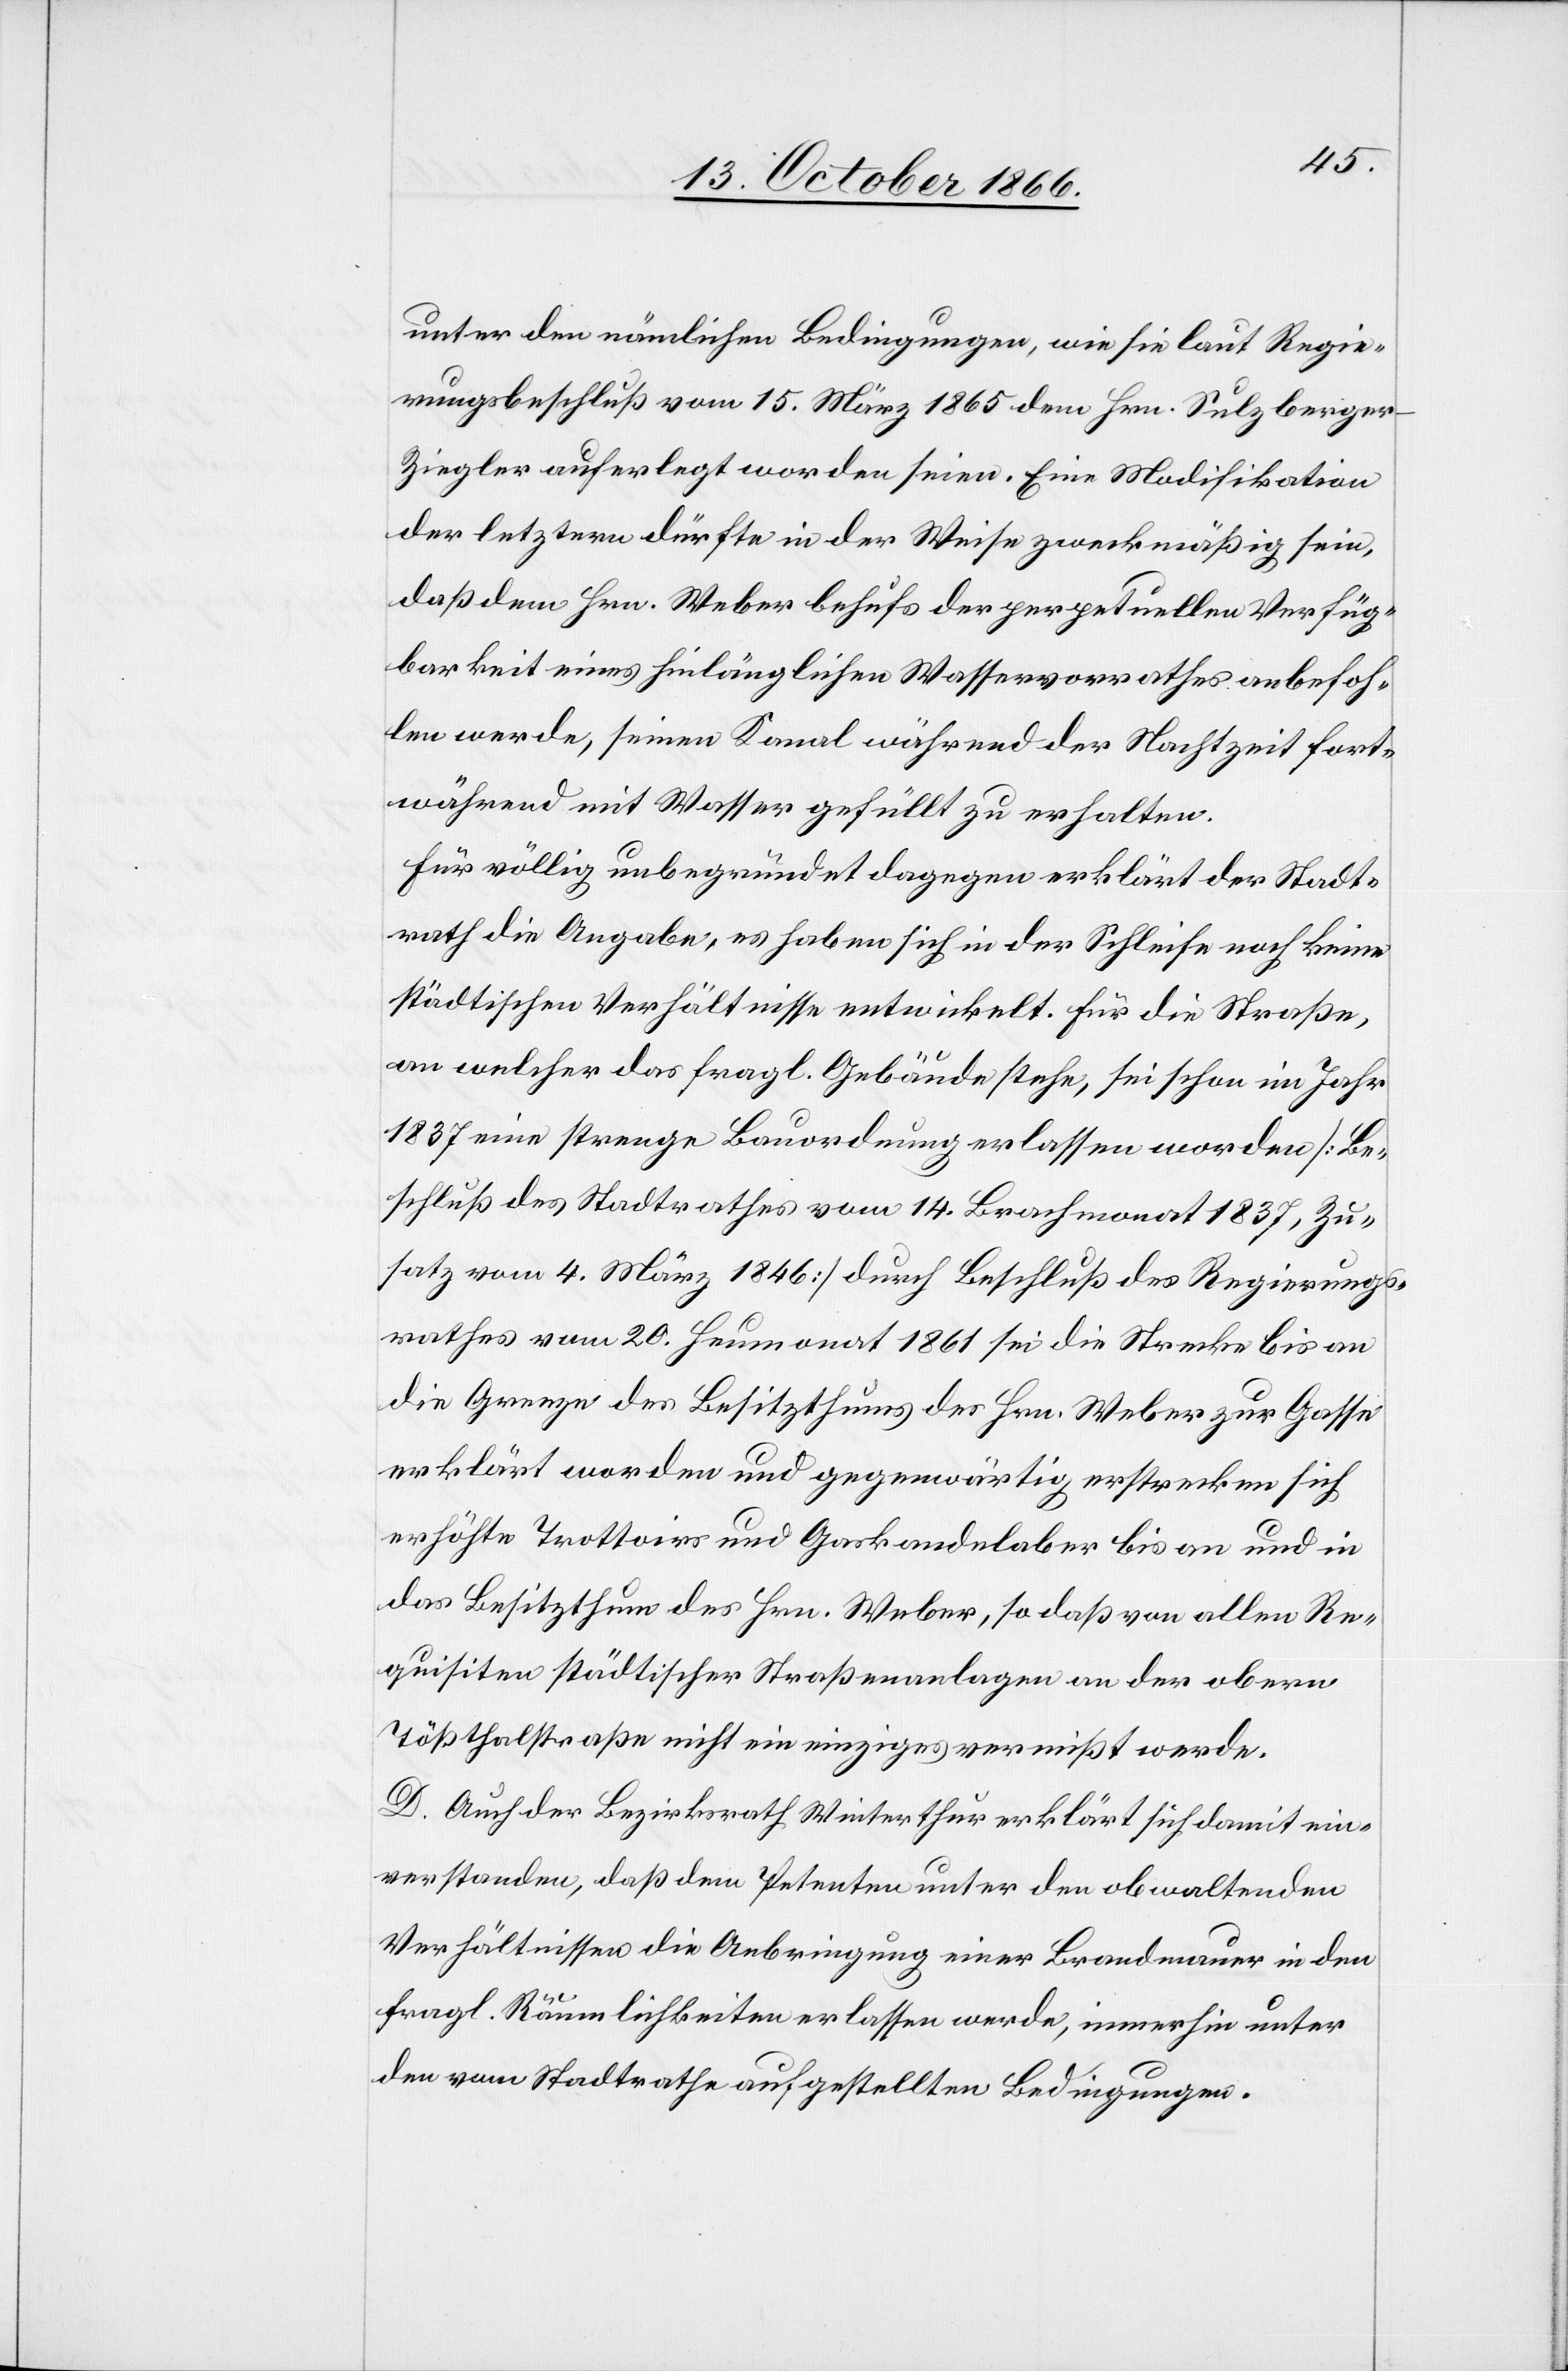
unter den nämlichen Bedingungen, wie sie laut Regie¬
rungsbeschluß vom 15. März 1865 dem Hrn. Sulzberge¬
r-Ziegler auferlegt worden seien. Eine Modifikation
der letztern dürfte in der Weise zweckmäßig sein,
daß dem Hrn. Weber behufs der perpetuellen Verfüg¬
barkeit eines hinlänglichen Wasservorrathes anbefoh¬
len werde, seinen Kanal während der Nachtzeit fort¬
während mit Wasser gefüllt zu erhalten.
Für völlig unbegründet dagegen erklärt der Stadt¬
rath die Angabe, es haben sich in der Schleife noch keine
städtischen Verhältnisse entwickelt. Für die Straße,
an welcher das fragl. Gebäude stehe, sei schon im Jahr
1837 eine strenge Bauordnung erlassen worden [Be¬
schluß des Stadtrathes vom 14. Brachmonat 1837, Zu¬
satz vom 4. März 1846] durch Beschluß des Regierungs¬
rathes vom 20. Heumonat 1861 sei die Strecke bis an
die Grenze des Besitzthums des Hrn. Weber zur Gasse
erklärt worden und gegenwärtig erstrecken sich
erhöhte Trottoirs und Gaskandelaber bis an und in
das Besitzthum des Hrn. Weber, so daß von allen Re¬
quisiten städtischer Straßenanlagen an der obern
Tößthalstraße nicht ein einziges vermißt werde.
D. Auch der Bezirksrath Winterthur erklärt sich damit ein¬
verstanden, daß dem Petenten unter den obwaltenden
Verhältnissen die Anbringung einer Brandmauer in den
fragl. Räumlichkeiten erlassen werde, immerhin unter
den vom Stadtrathe aufgestellten Bedingungen.